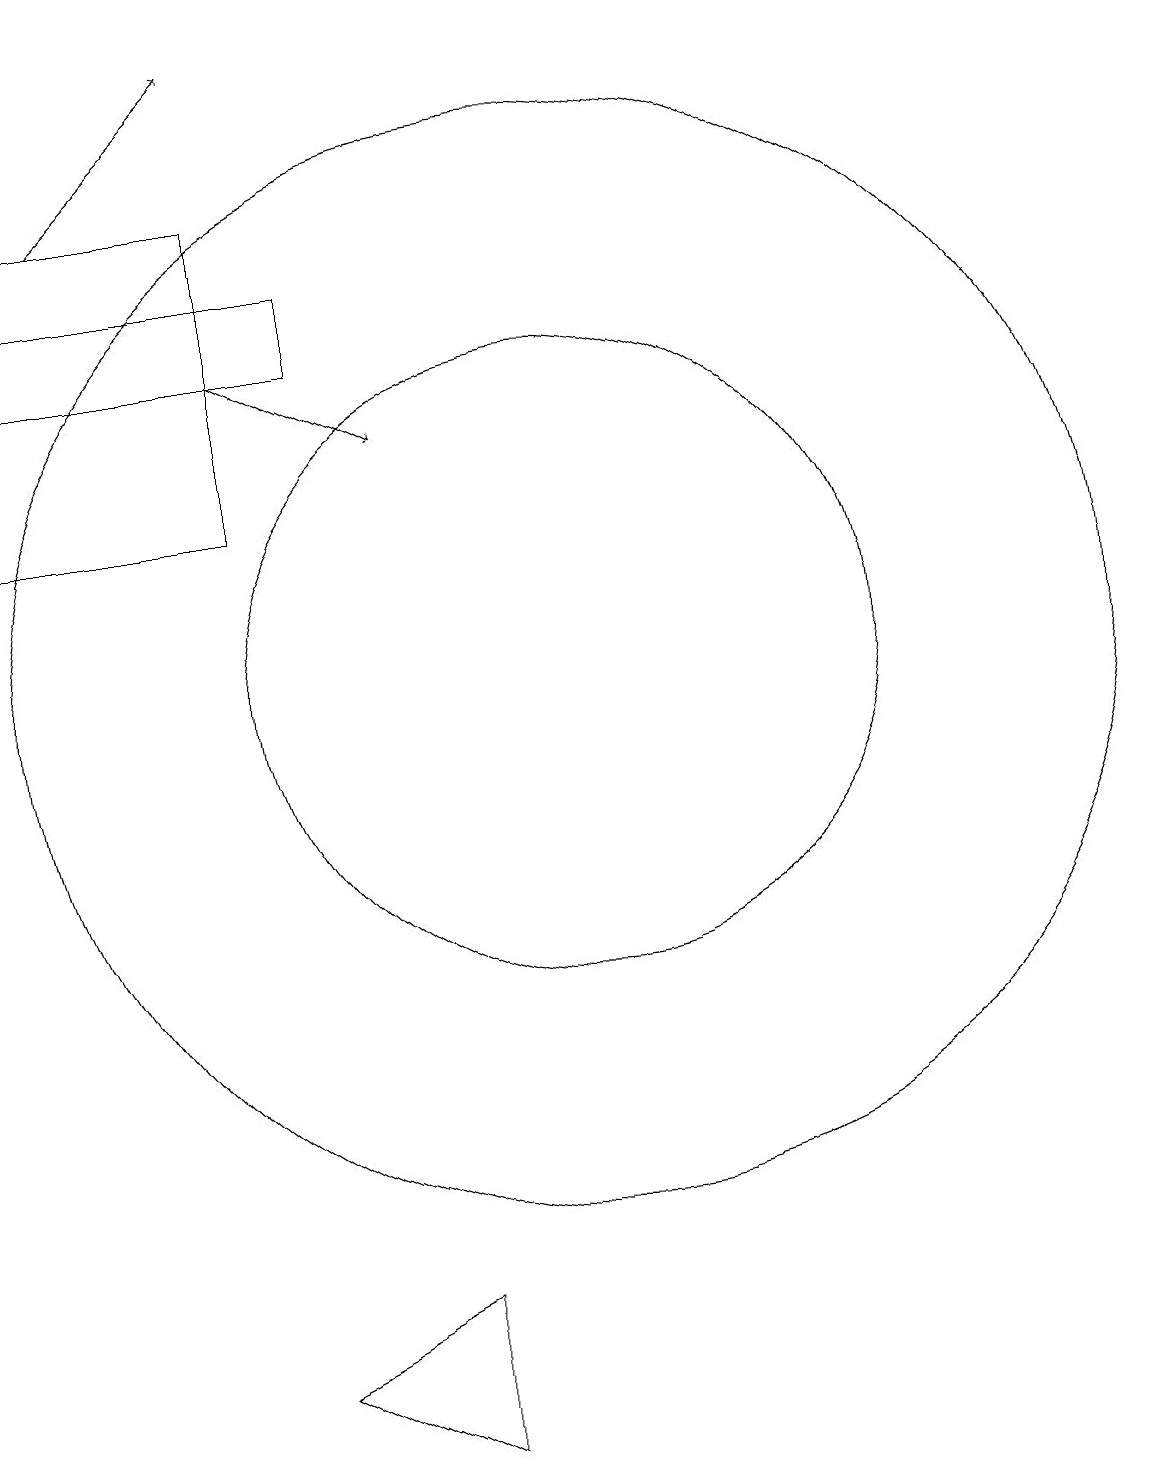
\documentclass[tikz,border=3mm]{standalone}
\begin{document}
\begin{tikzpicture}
\draw[->] (5,16) -- (7,18);
\draw (11,10) circle (4);
\draw (7,1) -- (9,0) -- (9,2) -- cycle;
\draw (4,16) rectangle (7,12);
\draw (11,10) circle (7);
\draw[->] (7,14) -- (9,13);
\draw (4,15) rectangle (8,14);
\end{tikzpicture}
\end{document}